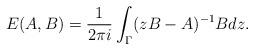
LaTeX: \begin{align*}E(A, B) = \frac{1}{2\pi i} \int_\Gamma (zB-A)^{-1}B dz .\end{align*}